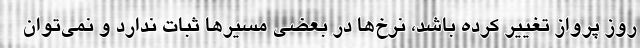
روز پرواز تغییر کرده باشد، نرخ‌ها در بعضی مسیرها ثبات ندارد و نمی‌توان